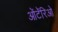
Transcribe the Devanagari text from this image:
ओंटॅरिओ